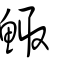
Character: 鯫